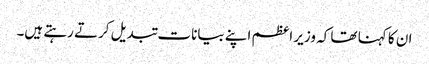
ان کا کہنا تھا کہ وزیر اعظم اپنے بیانات تبدیل کرتے رہتے ہیں۔